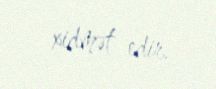
xidmət edir.